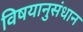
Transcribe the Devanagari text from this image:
विषयानुसंधान